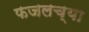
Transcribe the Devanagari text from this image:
फजलच्या